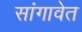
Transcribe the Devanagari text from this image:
सांगावेत